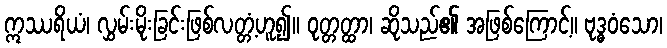
ဣဿရိယံ၊ လွှမ်းမိုးခြင်းဖြစ်လတ္တံ့ဟူ၍။ ဝုတ္တတ္ထာ၊ ဆိုသည်၏ အဖြစ်ကြောင့်။ ဗုဒ္ဓဝံသော၊